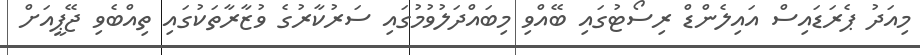
މިއަދު ޕެރަޑައިސް އައިލެންޑް ރިސޯޓުގައި ބޭއްވި މިބައްދަލުވުމުގައި ސަރުކާރުގެ ވުޒާރާތަކުގައި ތިއްބެވި ޖޭޕީއަށް